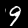
Label: 9